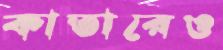
কাতারেও